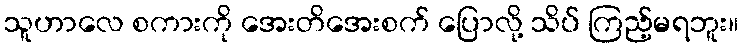
သူဟာလေ စကားကို အေးတိအေးစက် ပြောလို့ သိပ် ကြည့်မရဘူး။